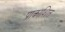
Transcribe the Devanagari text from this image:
प्राकाशित